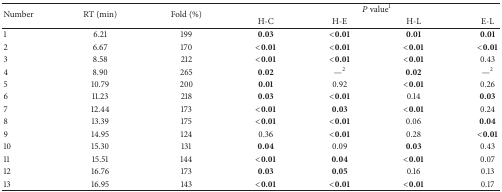
| <ROWSPAN=2> Number | <ROWSPAN=2> RT (min) | <ROWSPAN=2> Fold (%) | <COLSPAN=4> P value1 |
 | H-C | H-E | H-L | E-L |
 | --- | --- | --- | --- | --- | --- | --- |
 | 1 | 6.21 | 199 | 0.03 | <0.01 | 0.01 | 0.01 |
 | 2 | 6.67 | 170 | <0.01 | <0.01 | <0.01 | <0.01 |
 | 3 | 8.58 | 212 | <0.01 | <0.01 | <0.01 | 0.43 |
 | 4 | 8.90 | 265 | 0.02 | —2 | 0.02 | —2 |
 | 5 | 10.79 | 200 | 0.01 | 0.92 | <0.01 | 0.26 |
 | 6 | 11.23 | 218 | 0.03 | <0.01 | 0.14 | 0.03 |
 | 7 | 12.44 | 173 | <0.01 | 0.03 | <0.01 | 0.24 |
 | 8 | 13.39 | 175 | <0.01 | <0.01 | 0.06 | 0.04 |
 | 9 | 14.95 | 124 | 0.36 | <0.01 | 0.28 | <0.01 |
 | 10 | 15.30 | 131 | 0.04 | 0.09 | 0.03 | 0.43 |
 | 11 | 15.51 | 144 | <0.01 | 0.04 | <0.01 | 0.07 |
 | 12 | 16.76 | 173 | 0.03 | 0.05 | 0.16 | 0.13 |
 | 13 | 16.95 | 143 | <0.01 | <0.01 | <0.01 | 0.17 |